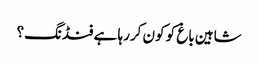
شاہین باغ کو کون کررہا ہے فنڈنگ؟